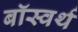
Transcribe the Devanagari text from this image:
बॉस्वर्थ